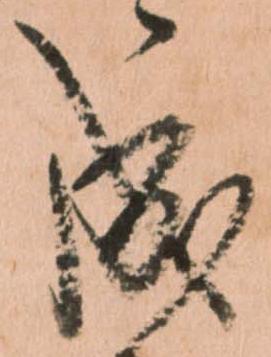
成